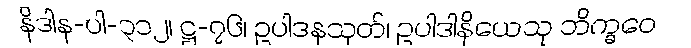
နိဒါန-ပါ-၃၁၂၊ ဋ္ဌ-၇၆၊ ဥပါဒနသုတ်၊ ဥပါဒါနိယေသု ဘိက္ခဝေ